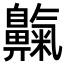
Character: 𪖴